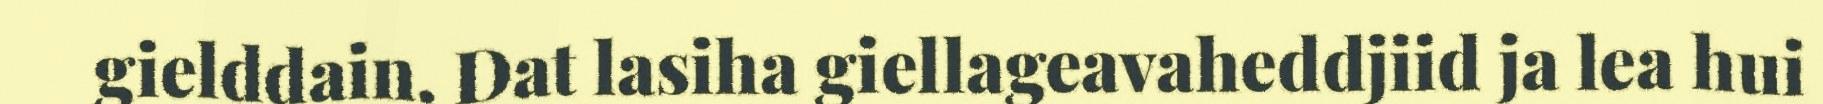
gielddain. Dat lasiha giellageavaheddjiid ja lea hui